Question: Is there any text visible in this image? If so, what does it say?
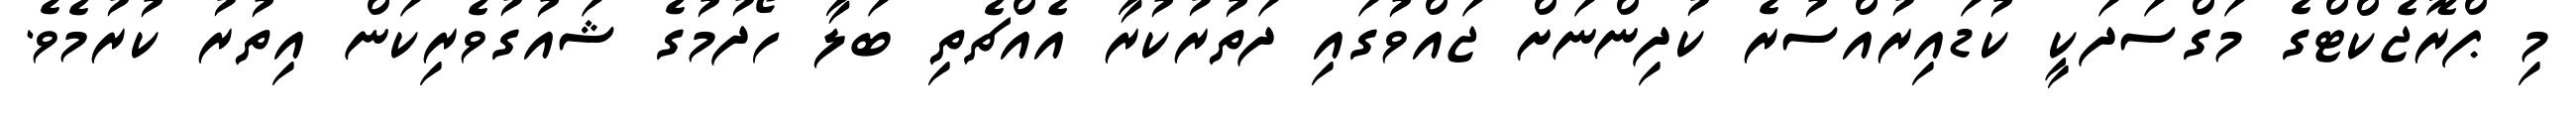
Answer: މި ޕްރޮޖެކްޓްގެ މަގްސަދަކީ ކުޑައިރުއްސުރެ ކުދިންނަށް ޖައްވުގައި ދަތުރުކުރާ އެއްޗެތި ބަލާ ހޯދުމުގެ ޝައުގުވެރިކަން އިތުރު ކުރުމެވެ.